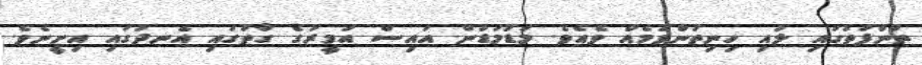
ތުންފަތުގައި ލުއި ހިނިތުންވުމެއް ވެއެވެ. މަޑުމަޑުން އައިސް އަމީރުގެ ގާތުގައި އެނދުގައި އިށީނެވެ.